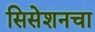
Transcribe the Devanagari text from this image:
सिसेशनचा